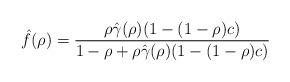
LaTeX: \begin{align*}\hat f(\rho) &= \frac{\rho\hat{\gamma}(\rho)(1-(1-\rho)c)}{ 1-\rho+\rho\hat{\gamma}(\rho)(1-(1-\rho)c)}\end{align*}